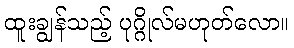
ထူးချွန်သည့် ပုဂ္ဂိုလ်မဟုတ်လော။